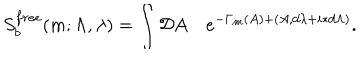
S _ { b } ^ { f r e e } ( m ; \Lambda , \lambda ) = \int { \cal D } A \quad e ^ { - \Gamma _ { m } ( A ) + ( A , d \lambda + i \ast d \Lambda ) } .